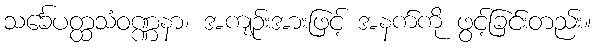
သင်္ခေပတ္ထသံဝဏ္ဏနာ၊ အကျဉ်းအားဖြင့် အနက်ကို ဖွင့်ခြင်းတည်း။